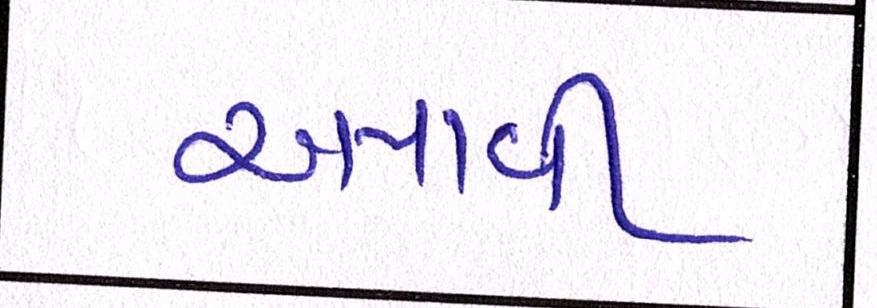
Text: અપાવી